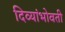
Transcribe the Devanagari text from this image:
दिव्यांभोवती